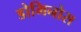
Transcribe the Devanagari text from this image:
डोमिनोस